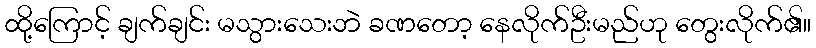
ထို့ကြောင့် ချက်ချင်း မသွားသေးဘဲ ခဏတော့ နေလိုက်ဦးမည်ဟု တွေးလိုက်၏။